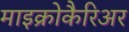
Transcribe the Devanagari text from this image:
माइक्रोकैरिअर